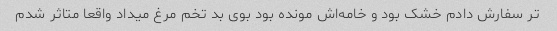
تر سفارش دادم خشک بود و خامه‌اش مونده بود بوی بد تخم مرغ میداد واقعا متاثر شدم